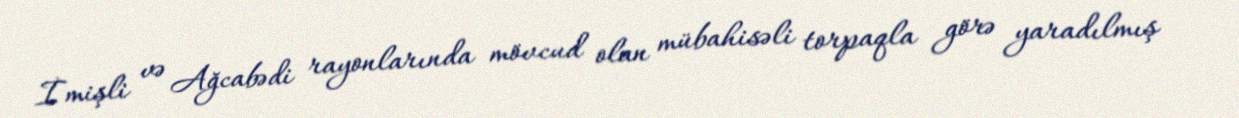
İmişli və Ağcabədi rayonlarında mövcud olan mübahisəli torpaqla görə yaradılmış